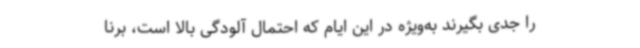
را جدی بگیرند به‌ویژه در این ایام که احتمال آلودگی بالا است، برنا